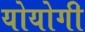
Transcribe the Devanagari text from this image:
योयोगी